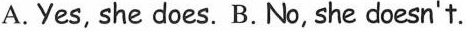
A.Yes, she does. B.No, she doesn't.